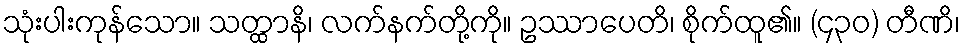
သုံးပါးကုန်သော။ သတ္ထာနိ၊ လက်နက်တို့ကို။ ဥဿာပေတိ၊ စိုက်ထူ၏။ (၄၃၀) တီဏိ၊